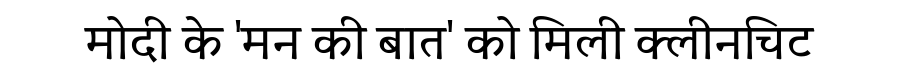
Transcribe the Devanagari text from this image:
मोदी के 'मन की बात' को मिली क्लीनचिट